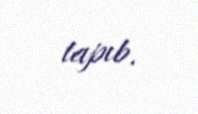
tapıb.